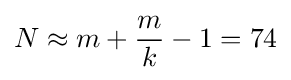
N\approx m+{\frac {m}{k}}-1=74